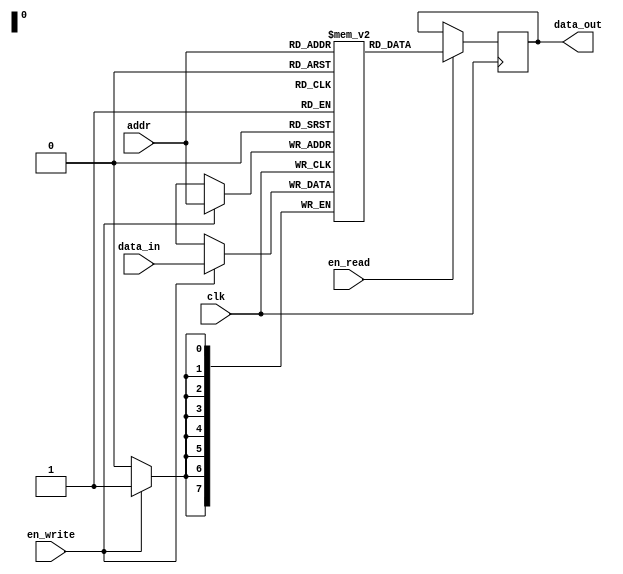
module single_port_reg_file (
  input wire clk,
  input wire [7:0] addr,
  input wire en_read,
  input wire en_write,
  input wire [7:0] data_in,
  output reg [7:0] data_out
);

reg [7:0] registers [0:255];

always @(posedge clk) begin
  if (en_read) begin
    data_out <= registers[addr];
  end
  
  if (en_write) begin
    registers[addr] <= data_in;
  end
end

endmodule